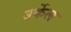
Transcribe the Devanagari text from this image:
उर्केल